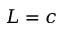
L = c